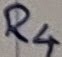
Text: R4